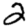
Digit: 2